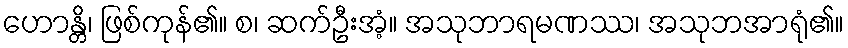
ဟောန္တိ၊ ဖြစ်ကုန်၏။ စ၊ ဆက်ဦးအံ့။ အသုဘာရမဏဿ၊ အသုဘအာရုံ၏။